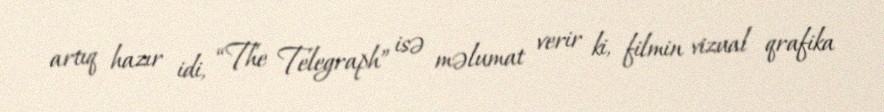
artıq hazır idi, “The Telegraph” isə məlumat verir ki, filmin vizual qrafika